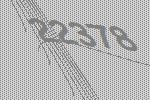
22378